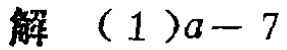
解 （1）\(a - 7\)